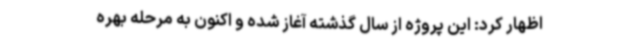
اظهار کرد: این پروژه از سال گذشته آغاز شده و اکنون به مرحله بهره‌